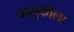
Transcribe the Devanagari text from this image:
वासुकीला